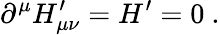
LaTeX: \partial^{\mu}H_{\mu\nu}^{\prime}=H^{\prime}=0~.